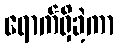
ရောက်ရှိခဲ့ကာ